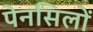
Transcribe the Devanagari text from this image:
पेनसिलों